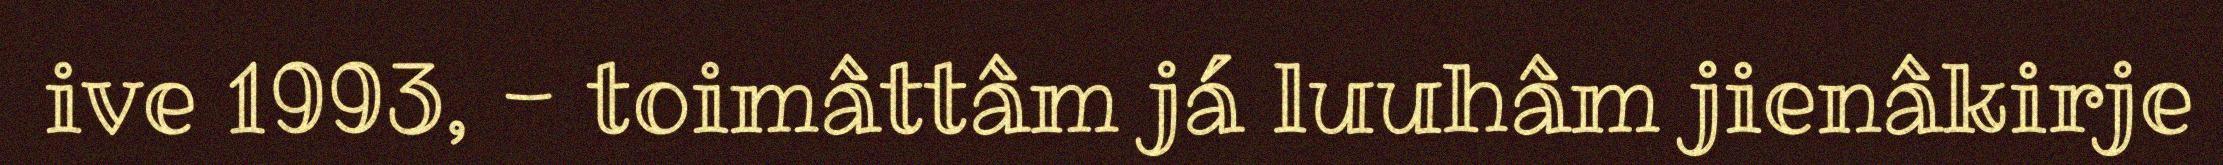
ive 1993, - toimâttâm já luuhâm jienâkirje